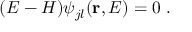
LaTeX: ( E - H ) \psi _ { j l } ( { \bf r } , E ) = 0 ~ .